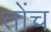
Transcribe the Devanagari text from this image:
तोंच